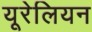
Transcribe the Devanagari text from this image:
यूरेलियन